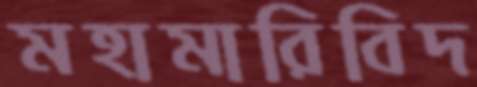
মহামারিবিদ